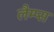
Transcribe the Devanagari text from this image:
लैम्प्स